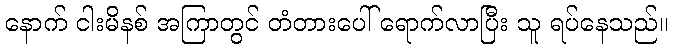
နောက် ငါးမိနစ် အကြာတွင် တံတားပေါ် ရောက်လာပြီး သူ ရပ်နေသည်။